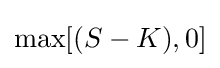
\max[(S-K),0]